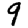
Digit: 9